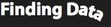
Finding Data